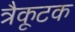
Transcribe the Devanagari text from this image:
त्रैकूटक